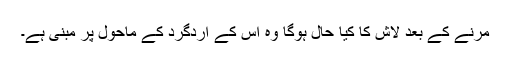
مرنے کے بعد لاش کا کیا حال ہوگا وہ اس کے اردگرد کے ماحول پر مبنی ہے۔